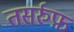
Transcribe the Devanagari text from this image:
तसर्रुफ़